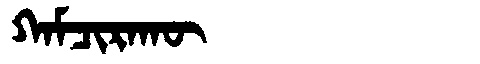
Manchu: ᡴᠠᠮᠴᡳᡵᠠᡴᡡ
Romanization: KAMCIRAKŪ